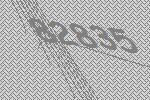
82835